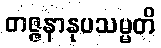
တဇ္ဇနာနုပသမ္မတိ